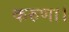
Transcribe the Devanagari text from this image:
करुणा।